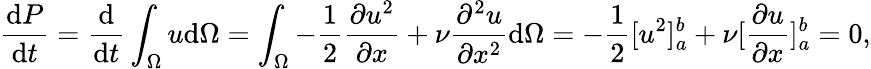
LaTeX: \frac{\mathrm{d}P}{\mathrm{d}t}=\frac{\mathrm{d}}{\mathrm{d}t}\int_{\Omega}u\mathrm{d}\Omega=\int_{\Omega}-\frac{1}{2}\frac{\partial u^{2}}{\partial x}+\nu\frac{\partial^{2}u}{\partial x^{2}}\mathrm{d}\Omega=-\frac{1}{2}[u^{2}]_{a}^{b}+\nu[\frac{\partial u}{\partial x}]_{a}^{b}=0,